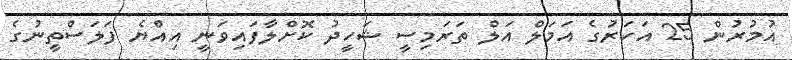
އުމުރުން 25 އަހަރުގެ އަމަލް އަލް ތަރަމިސީ ޝަހީދު ކޮށްލާފައިވަނީ އިއްޔެ ފަލަސްތީނުގެ